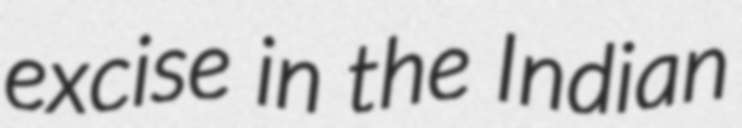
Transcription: excise in the Indian